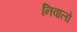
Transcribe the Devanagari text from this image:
निवालो